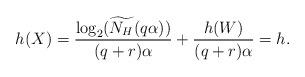
LaTeX: \begin{align*}h(X) = \frac{\log_2(\widetilde{N_H}(q\alpha))}{(q+r)\alpha} + \frac{h(W)}{(q+r)\alpha} = h.\end{align*}